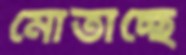
মোতাচ্ছে